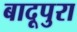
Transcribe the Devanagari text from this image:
बादूपुरा